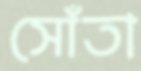
সোঁতা